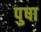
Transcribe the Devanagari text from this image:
पुषा